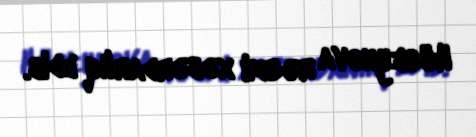
Hüseynova rəsmi xəbərdarlıq edib.